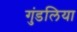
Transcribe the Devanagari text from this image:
गुंडलिया